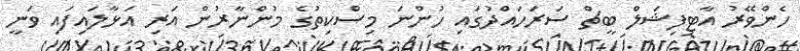
ހެންވޭރު އާޓިފިޝަލް ބީޗް ސަރަހައްދުގައި ހުންނަ މިސްކިތުގެ މުންނާރުން އަރި އަޅާލައިފައި ވަނީ